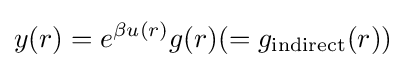
y(r)=e^{\beta u(r)}g(r)(=g_{\rm {indirect}}(r))